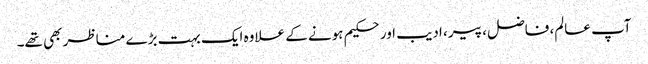
آپ عالم، فاضل، پیر، ادیب اور حکیم ہونے کے علاوہ ایک بہت بڑے مناظر بھی تھے۔